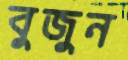
বুজুন